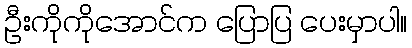
ဦးကိုကိုအောင်က ပြောပြ ပေးမှာပါ။